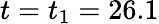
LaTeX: t=t_{1}=26.1